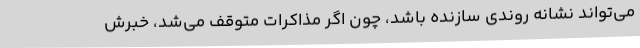
می‌تواند نشانه‌ روندی سازنده باشد، چون اگر مذاکرات متوقف می‌شد، خبرش